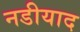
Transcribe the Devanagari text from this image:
नडीयाद